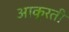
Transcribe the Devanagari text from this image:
आक्रती